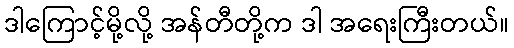
ဒါကြောင့်မို့လို့ အန်တီတို့က ဒါ အရေးကြီးတယ်။